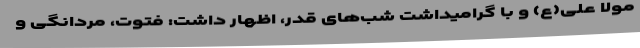
مولا علی(ع) و با گرامیداشت شب‌های قدر، اظهار داشت: فتوت، مردانگی و